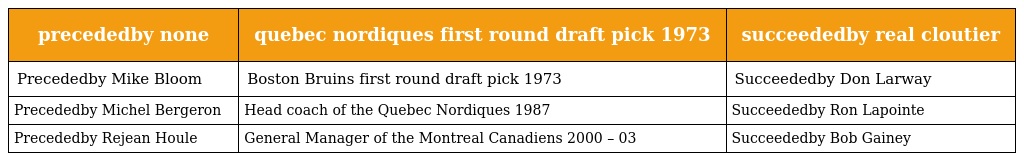
| precededby none | quebec nordiques first round draft pick 1973 | succeededby real cloutier |
 | --- | --- | --- |
 | Precededby Mike Bloom | Boston Bruins first round draft pick 1973 | Succeededby Don Larway |
 | Precededby Michel Bergeron | Head coach of the Quebec Nordiques 1987 | Succeededby Ron Lapointe |
 | Precededby Rejean Houle | General Manager of the Montreal Canadiens 2000 – 03 | Succeededby Bob Gainey |